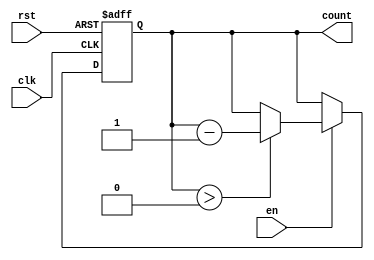
module MemoryBlocksDownCounter #(
    parameter N = 8  // Parameter for the maximum count value (up to 2^N - 1)
) (
    input wire clk,     // Clock signal
    input wire rst,     // Asynchronous reset signal
    input wire en,      // Enable signal to decrement the counter
    output reg [N-1:0] count // Counter output
);

// Initial count value
initial begin
    count = N; // Set initial count to maximum value
end

// Asynchronous reset and counting logic
always @(posedge clk or posedge rst) begin
    if (rst) begin
        count <= N; // Reset count to maximum value
    end else if (en) begin
        if (count > 0) begin
            count <= count - 1; // Decrement count if not zero
        end
    end
end

endmodule